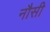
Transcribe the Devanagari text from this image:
नौसी